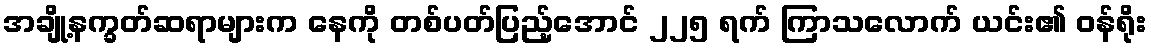
အချို့နက္ခတ်ဆရာများက နေကို တစ်ပတ်ပြည့်အောင် ၂၂၅ ရက် ကြာသလောက် ယင်း၏ ဝန်ရိုး